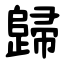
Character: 歸